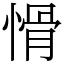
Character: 愲